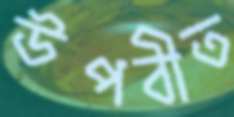
উপবীত